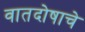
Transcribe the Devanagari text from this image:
वातदोषाचे